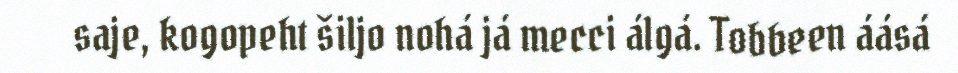
saje, kogopeht šiljo nohá já mecci álgá. Tobbeen áásá